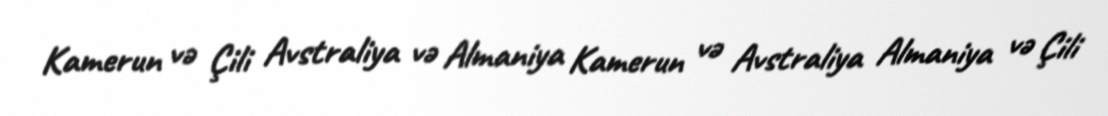
Kamerun və Çili Avstraliya və Almaniya Kamerun və Avstraliya Almaniya və Çili